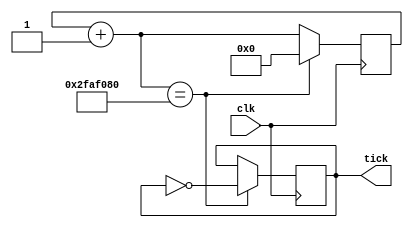
module tick_generator #(
	parameter tick_time = 32'd1000,		// in seconds
	parameter frequency = 32'd100000	// in KHz
	)(
	input wire clk,
	output reg tick);

	reg [32:0] count;
	reg [32:0] count_threshold = tick_time * frequency / 2;
	
	initial begin
		tick = 1'b0;
		count = 32'b0;
	end

	always @(posedge(clk)) begin
		count = count + 1;
		if(count == count_threshold) begin
			count = 0;
			tick = ~ tick;
		end
	end

endmodule

// module stimulus();

// 	reg CLK;
// 	wire TICK;

// 	tick_generator #(.tick_time(32'd5),.frequency(32'd1)) t1(.clk(CLK),.tick(TICK));

// 	initial begin
// 		$dumpfile("simulation.vcd");
// 		$dumpvars(1,CLK,TICK);
// 	end

// 	initial	
// 		CLK = 1'b0;

// 	always
// 		#1 CLK = ~ CLK;

// 	initial
// 		#100 $finish;

// endmodule